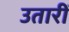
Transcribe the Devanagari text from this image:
उतारीं